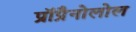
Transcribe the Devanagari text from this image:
प्रॉप्रैनोलोल